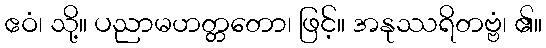
ဧဝံ၊ သို့။ ပညာမဟတ္တတော၊ ဖြင့်။ အနုဿရိတဗ္ဗံ၊ ၏။